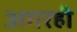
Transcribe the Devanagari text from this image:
अगरही